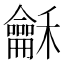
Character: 龢